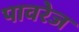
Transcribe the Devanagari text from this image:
पावरेज